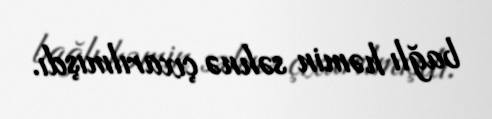
bağlı həmin səhnə çıxarılmışdı.